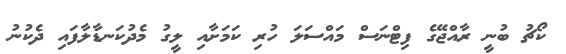
ކޯޗު ބުނީ ރާއްޖޭގެ ފިޓްނަސް މައްސަލަ ހުރި ކަމަށާއި ލީގު މެދުކަނޑާލާފައި ދެކުނު